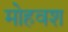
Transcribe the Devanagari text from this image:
मोहवश